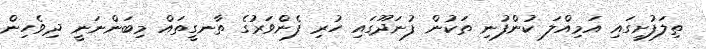
ތިލަފުށީގައި އަމިއްލަ ކުންފުނި ތަކުން ފުނަދޫގައި ހުރި ފެންވަރުގެ ތާނގީތައް މިބަންނަނީ ދިވެހިން